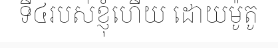
ទី៤របស់ខ្ញុំហើយ ដោយម៉ូតូ